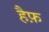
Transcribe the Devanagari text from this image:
हैफ़